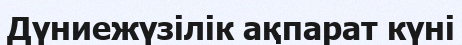
Дүниежүзілік ақпарат күні